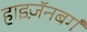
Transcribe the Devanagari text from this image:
हाइज़ॅनबर्ग